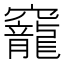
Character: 竉